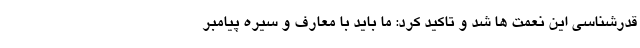
قدرشناسی این نعمت ها شد و تاکید کرد: ما باید با معارف و سیره پیامبر